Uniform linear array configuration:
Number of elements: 48
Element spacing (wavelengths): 0.25
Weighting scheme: blackman
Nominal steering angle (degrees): -45
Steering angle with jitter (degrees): -44.596
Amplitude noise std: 0.05
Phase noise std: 0.05

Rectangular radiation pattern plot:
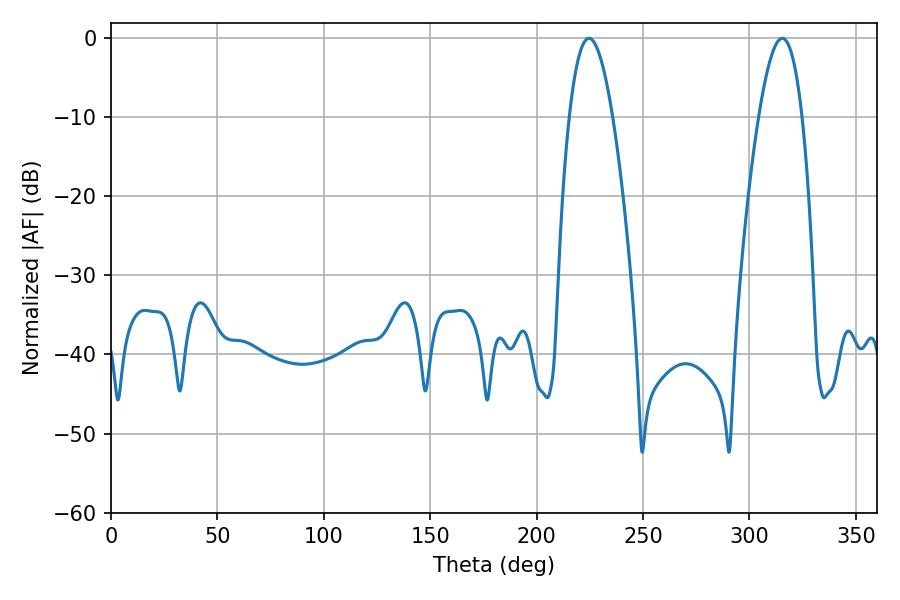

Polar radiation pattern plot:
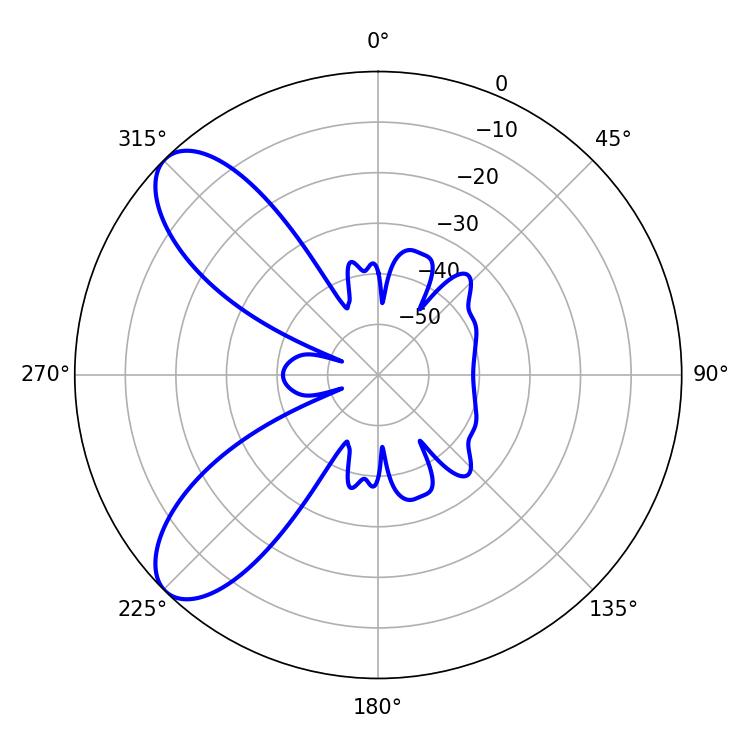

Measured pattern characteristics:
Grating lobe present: FALSE
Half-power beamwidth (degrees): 11.16
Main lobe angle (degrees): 315.36